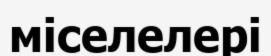
міселелері